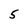
Character: 5